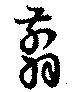
翦